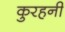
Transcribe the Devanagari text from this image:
कुरहनी